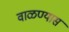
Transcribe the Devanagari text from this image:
वाळण्यास